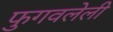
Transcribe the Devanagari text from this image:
फुगवलेली